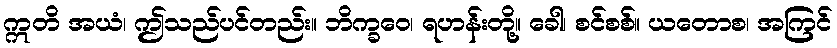
ဣတိ အယံ၊ ဤသည်ပင်တည်း။ ဘိက္ခဝေ၊ ရဟန်းတို့။ ခေါ၊ စင်စစ်။ ယတောစ၊ အကြင်